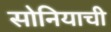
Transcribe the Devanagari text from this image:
सोनियाची